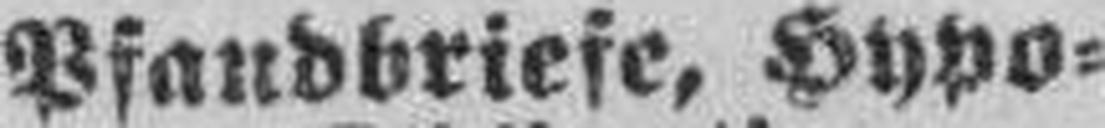
Pfandbriefe, Hypo¬